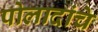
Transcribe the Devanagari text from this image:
पोलादांचे